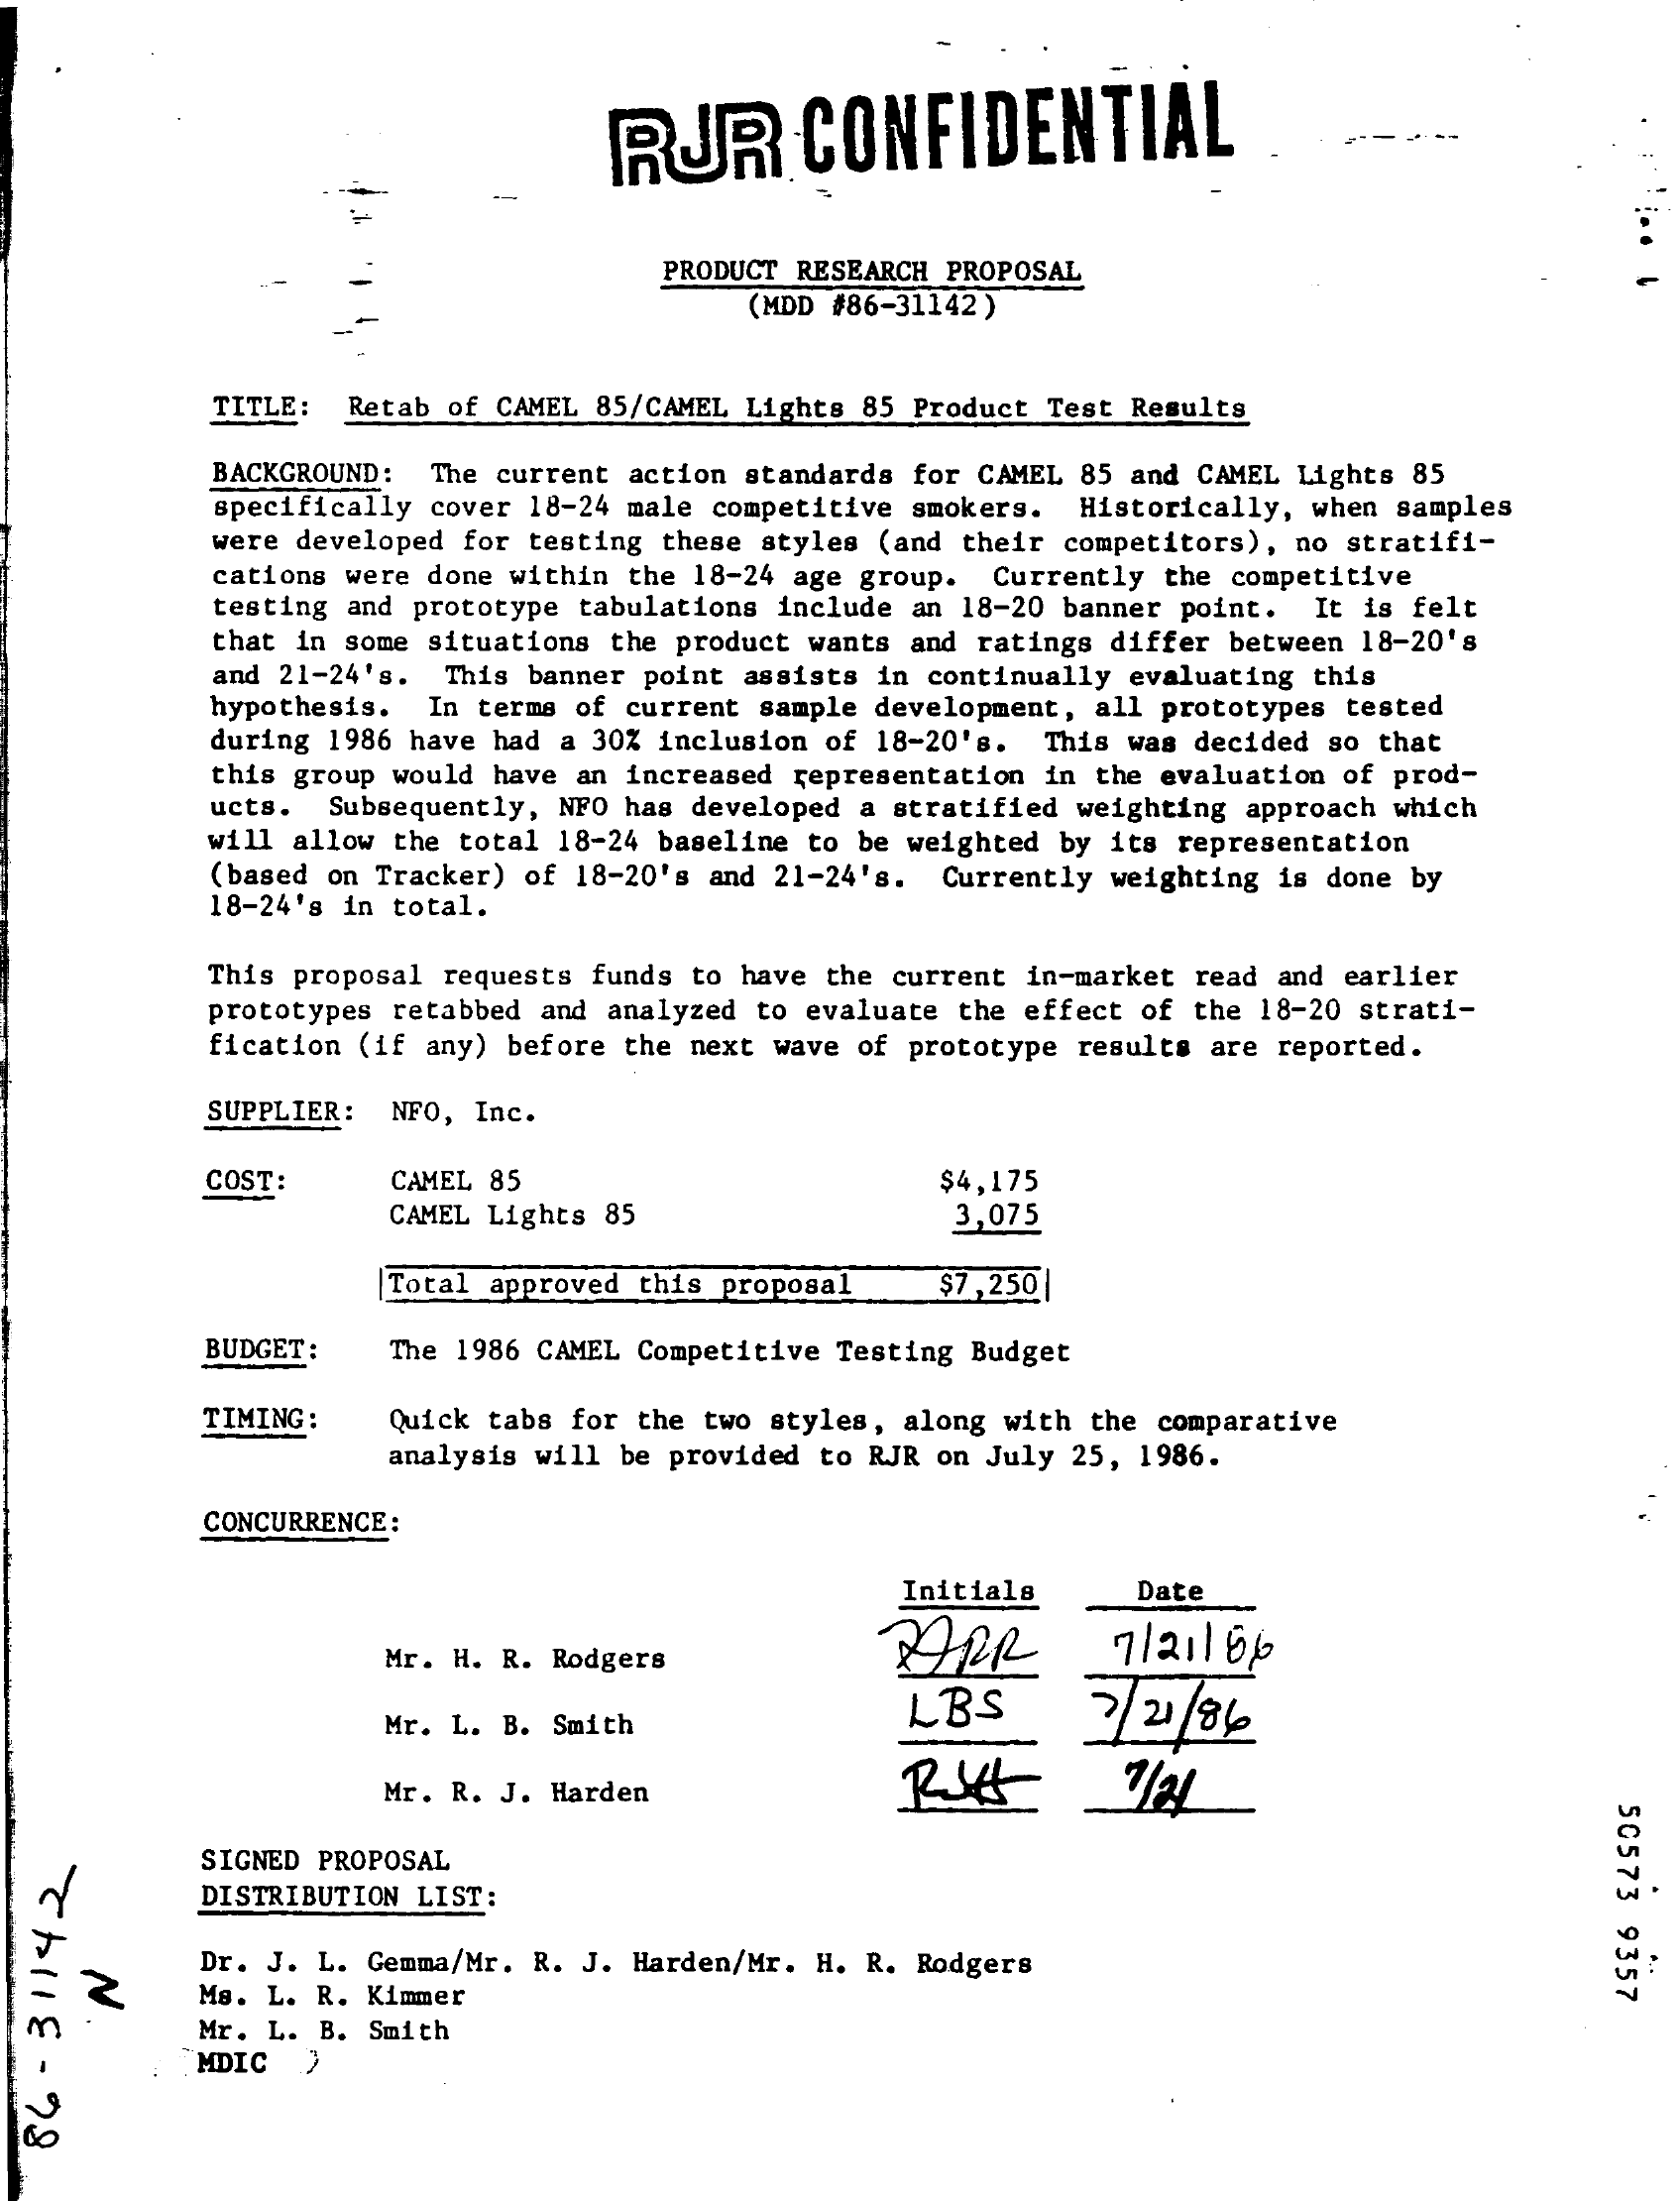
RUR    CONFIDENTIAL
     PRODUCT RESEARCH PROPOSAL
     (MDD #86-31142)
     TITLE: Retab of CAMEL 85/CAMEL Lights 85 Product Test Results
     BACKGROUND: The current action standards for CAMEL 85 and CAMEL Lights 85
     specifically cover 18-24 male competitive smokers. Historically, when samples
     were developed for testing these styles (and their competitors), no stratifi-
     cations were done within the 18-24 age group. Currently the competitive
     testing and prototype tabulations include an 18-20 banner point. It is felt
     that in some situations the product wants and ratings differ between 18-20's
     and 21-24's. This banner point assists in continually evaluating this
     hypothesis. In terms of current sample development, all prototypes tested
     during 1986 have had a 30% inclusion of 18-20's. This was decided so that
     this group would have an increased representation in the evaluation of prod-
     ucts. Subsequently, NFO has developed a stratified weighting approach which
     will allow the total 18-24 baseline to be weighted by its representation
     (based on Tracker) of 18-20's and 21-24's. Currently weighting is done by
     18-24's in total.
     This proposal requests funds to have the current in-market read and earlier
     prototypes retabbed and analyzed to evaluate the effect of the 18-20 strati-
     fication (if any) before the next wave of prototype results are reported.
     SUPPLIER: NFO, Inc.
     COST:    CAMEL 85    $4,175
     CAMEL Lights 85    3,075
     Total approved this proposal $7,250|
     BUDGET:   The 1986 CAMEL Competitive Testing Budget
     TIMING:   Quick tabs for the two styles, along with the comparative
     analysis will be provided to RJR on July 25, 1986.
     CONCURRENCE:
     Initials    Date
     Mr. H. R. Rodgers    BARR    7/21166
     Mr. L. B. Smith
     LBS    3 / 21/86
     Mr. R. J. Harden
     50573
     9357
     SIGNED PROPOSAL
  THIE
  -
  98
     DISTRIBUTION LIST:
     2
     Dr. J. L. Gemma/Mr. R. J. Harden/Mr. H. R. Rodgers
     Ms. L. R. Kimmer
     Mr. L. B. Smith
     MDIC >